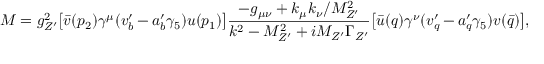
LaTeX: M = g _ { Z ^ { \prime } } ^ { 2 } \bigl [ \bar { v } ( p _ { 2 } ) \gamma ^ { \mu } ( v _ { b } ^ { \prime } - a _ { b } ^ { \prime } \gamma _ { 5 } ) u ( p _ { 1 } ) \bigr ] \frac { - g _ { \mu \nu } + k _ { \mu } k _ { \nu } / M _ { Z ^ { \prime } } ^ { 2 } } { k ^ { 2 } - M _ { Z ^ { \prime } } ^ { 2 } + i M _ { Z ^ { \prime } } \Gamma _ { Z ^ { \prime } } } \bigl [ \bar { u } ( q ) \gamma ^ { \nu } ( v _ { q } ^ { \prime } - a _ { q } ^ { \prime } \gamma _ { 5 } ) v ( \bar { q } ) \bigr ] ,